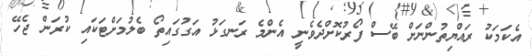
އެކަމަކު ރައްޔިތުންނަށް ބޭސް ފޯރުކޮށްދެވެނީ އެންމެ ރަނގަޅު އަގުގައިތޯ ބެލުމަށްޓަކައި ކުރަން ޖެހޭ